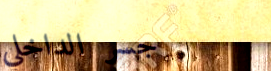
جسر الداخلي